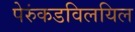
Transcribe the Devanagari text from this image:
पेरुंकडविलयिल